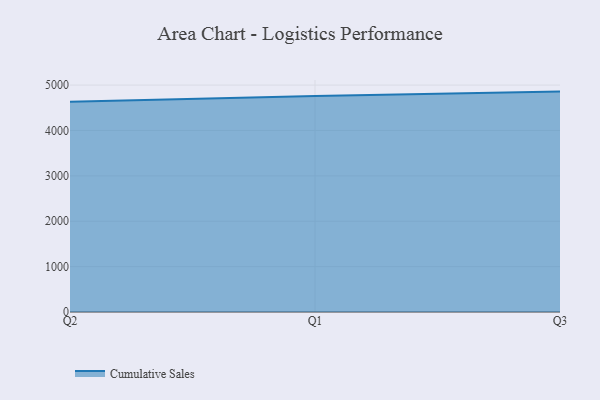
{"axis": {"x": "Quarter", "y": "Waste Production (Tons)"}, "legend": ["Cumulative Sales"], "data": [{"x": "Q2", "y": 4634.2, "type": "Cumulative Sales"}, {"x": "Q1", "y": 4761.9, "type": "Cumulative Sales"}, {"x": "Q3", "y": 4856.4, "type": "Cumulative Sales"}]}